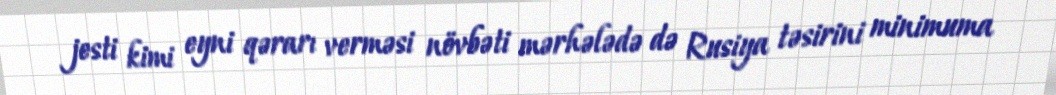
jesti kimi eyni qərarı verməsi növbəti mərhələdə də Rusiya təsirini minimuma